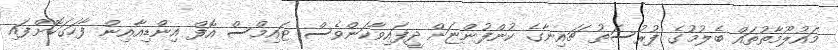
މައުލޫމާތުތައް ބެލުމުގެ ފުރުސަތު ޗައިނާގެ ކުންފުންޏަށް ދީފައިވާކަންވެސް ޓައިމްސް އޮފް އިންޑިއާއިން ފާހަގަކޮށްފައި